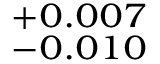
^ { + 0 . 0 0 7 } _ { - 0 . 0 1 0 }